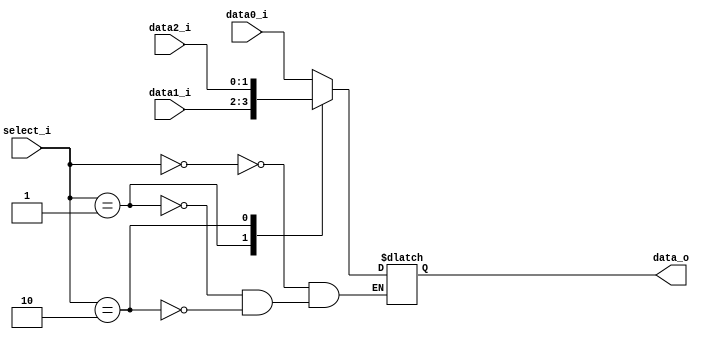
//Subject:     CO project 2 - MUX 221
//--------------------------------------------------------------------------------
//Version:     1
//--------------------------------------------------------------------------------
//Writer:      Luke
//----------------------------------------------
//Date:        
//----------------------------------------------
//Description: 
//--------------------------------------------------------------------------------
     
module MUX_3to1(
               data0_i,
               data1_i,
			   data2_i,
               select_i,
               data_o
               );

parameter size = 0;			   
			
//I/O ports               
input   [size-1:0] data0_i;          
input   [size-1:0] data1_i;
input   [size-1:0] data2_i;
input 	[2-1:0]    select_i;
output  [size-1:0] data_o; 

//Internal Signals
//reg     [size-1:0] data_o;
reg [size-1:0] data_o;

//Main function

always@(*)
begin
	case(select_i)
	2'b00:
		data_o=data0_i;
	2'b01:
		data_o=data1_i;
	2'b10:
		data_o=data2_i;
	endcase
	//$display("In Mux3To1, data_o = %p", data_o);
end

endmodule